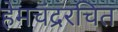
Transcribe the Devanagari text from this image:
हेमचंद्ररचित